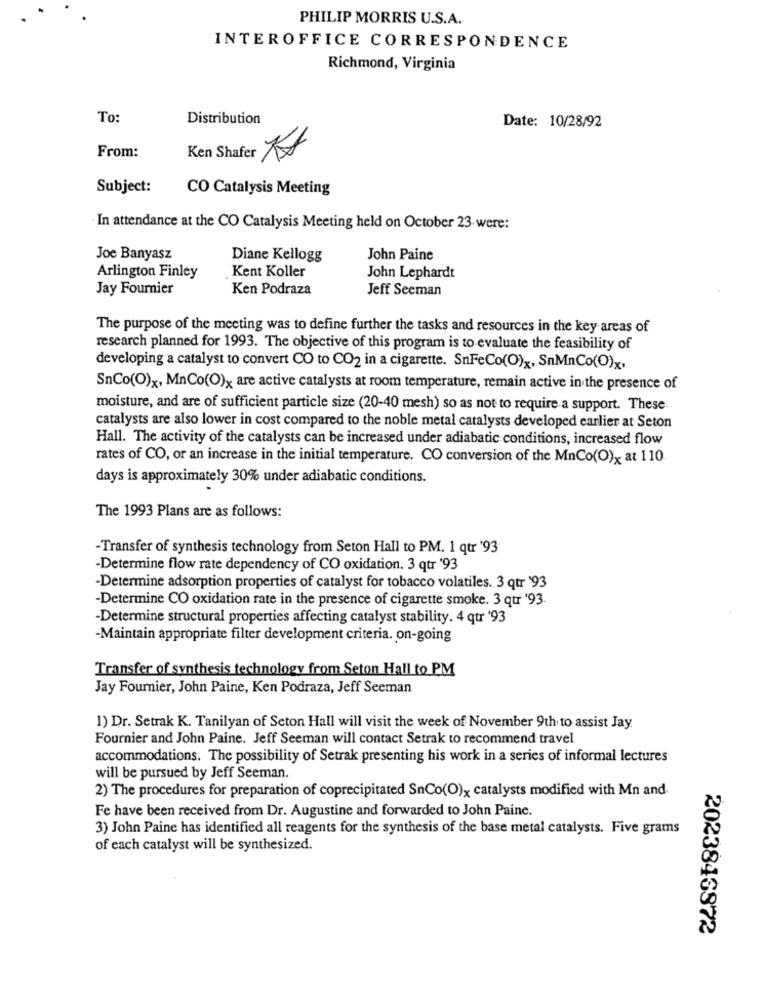
PHILIP MORRIS U.S.A.
INTEROFFICE CORRESPONDENCE
Richmond, Virginia
To:
Distribution
Date: 10/28/92
From:
Ken Shafer
Subject:
CO Catalysis Meeting
In attendance at the CO Catalysis Meeting held on October 23. were:
Joe Banyasz
Diane Kellogg
John Paine
Kent Koller
Arlington Finley
John Lephardt
Jay Fournier
Ken Podraza
Jeff Seeman
The purpose of the meeting was to define further the tasks and resources in the key areas of
research planned for 1993. The objective of this program is to evaluate the feasibility of
developing a catalyst to convert CO to CO2 in a cigarette. SnFeCo(O)x, SnMnCo(O)x,
SnCo(O)x, MnCo(O)x are active catalysts at room temperature, remain active in the presence of
moisture, and are of sufficient particle size (20-40 mesh) so as not to require a support. These
catalysts are also lower in cost compared to the noble metal catalysts developed earlier at Seton
Hall. The activity of the catalysts can be increased under adiabatic conditions, increased flow
rates of CO, or an increase in the initial temperature. CO conversion of the MnCo(O)x at 110
days is approximately 30% under adiabatic conditions.
The 1993 Plans are as follows:
-Transfer of synthesis technology from Seton Hall to PM. 1 qur '93
-Determine flow rate dependency of CO oxidation. 3 qtr '93
Determine adsorption properties of catalyst for tobacco volatiles. 3 qtr '93
-Determine CO oxidation rate in the presence of cigarette smoke. 3 qur '93.
-Determine structural properties affecting catalyst stability. 4 qur '93
-Maintain appropriate filter development criteria. on-going
Transfer of synthesis technology from Seton Hall to PM
Jay Fournier, John Paine, Ken Podraza, Jeff Seeman
1) Dr. Setrak K. Tanilyan of Seton Hall will visit the week of November 9th to assist Jay.
Fournier and John Paine. Jeff Seeman will contact Setrak to recommend travel
accommodations. The possibility of Setrak presenting his work in a series of informal lectures
will be pursued by Jeff Seeman.
2) The procedures for preparation of coprecipitated SnCo(O)x catalysts modified with Mn and.
Fe have been received from Dr. Augustine and forwarded to John Paine.
3) John Paine has identified all reagents for the synthesis of the base metal catalysts. Five grams
of each catalyst will be synthesized.
2023846872